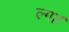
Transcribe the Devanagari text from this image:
ल्गा।